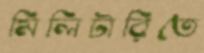
মিলিটারিতে